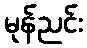
မုန်ညင်း